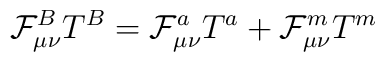
\mathcal{F}^B_{\mu\nu} T^B = \mathcal{F}^a_{\mu\nu}T^a +  \mathcal{F}^m_{\mu\nu}T^m